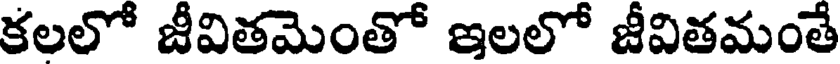
కలలో జీవితమెంతో ఇలలో జీవితమంతే